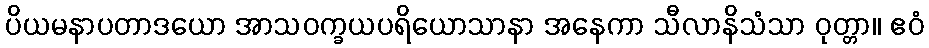
ပိယမနာပတာဒယော အာသဝက္ခယပရိယောသာနာ အနေကာ သီလာနိသံသာ ဝုတ္တာ။ ဧဝံ